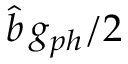
\hat { b } \, g _ { p h } / { 2 }